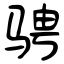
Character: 骋